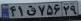
۴۱ق۷۵۶۲۹